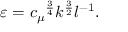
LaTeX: \varepsilon = { c _ { \mu } } ^ { \frac { 3 } { 4 } } k ^ { \frac { 3 } { 2 } } l ^ { - 1 } .